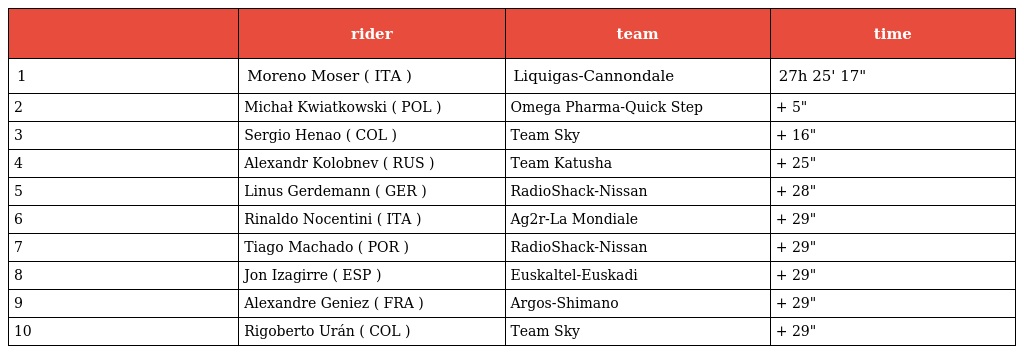
|  | rider | team | time |
 | --- | --- | --- | --- |
 | 1 | Moreno Moser ( ITA ) | Liquigas-Cannondale | 27h 25' 17" |
 | 2 | Michał Kwiatkowski ( POL ) | Omega Pharma-Quick Step | + 5" |
 | 3 | Sergio Henao ( COL ) | Team Sky | + 16" |
 | 4 | Alexandr Kolobnev ( RUS ) | Team Katusha | + 25" |
 | 5 | Linus Gerdemann ( GER ) | RadioShack-Nissan | + 28" |
 | 6 | Rinaldo Nocentini ( ITA ) | Ag2r-La Mondiale | + 29" |
 | 7 | Tiago Machado ( POR ) | RadioShack-Nissan | + 29" |
 | 8 | Jon Izagirre ( ESP ) | Euskaltel-Euskadi | + 29" |
 | 9 | Alexandre Geniez ( FRA ) | Argos-Shimano | + 29" |
 | 10 | Rigoberto Urán ( COL ) | Team Sky | + 29" |